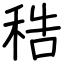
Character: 𥞴